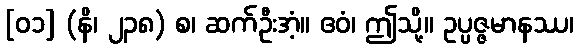
[၀၁] (နိ၊ ၂၃၈) စ၊ ဆက်ဦးအံ့။ ဧဝံ၊ ဤသို့။ ဥပ္ပဇ္ဇမာနဿ၊